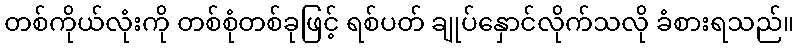
တစ်ကိုယ်လုံးကို တစ်စုံတစ်ခုဖြင့် ရစ်ပတ် ချုပ်နှောင်လိုက်သလို ခံစားရသည်။